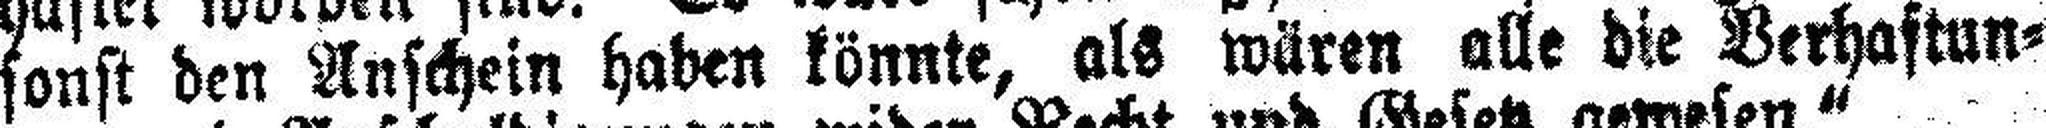
sonst den Anschein haben könnte, als wären alle die Verhaftun¬